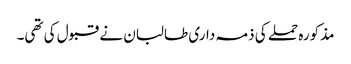
مذکورہ حملے کی ذمہ داری طالبان نے قبول کی تھی۔